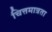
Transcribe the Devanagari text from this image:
चित्तमात्रता